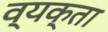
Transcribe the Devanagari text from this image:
व्यक्ता